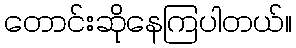
တောင်းဆိုနေကြပါတယ်။